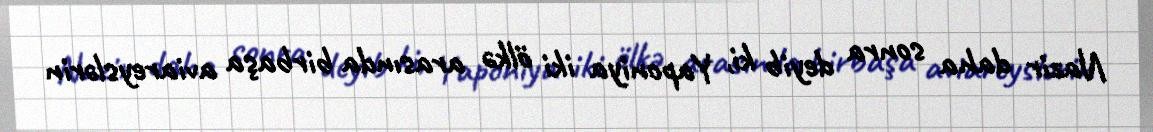
Nazir daha sonra deyib ki, Yaponiya iki ölkə arasında birbaşa aviareyslərin